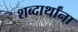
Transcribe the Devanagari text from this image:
शब्दार्थांना